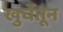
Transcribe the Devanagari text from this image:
खुर्चेतून